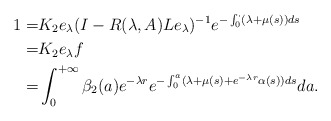
\begin{align*} 1=&K_2e_\lambda(I-R(\lambda,A)Le_\lambda)^{-1}e^{-\int_0^\cdot(\lambda+\mu(s))ds}\\=&K_2e_\lambda f\\=&\int_0^{+\infty}\beta_2(a)e^{-\lambda r}e^{-\int_0^a(\lambda+\mu(s)+e^{-\lambda r}\alpha(s))ds}da.\end{align*}